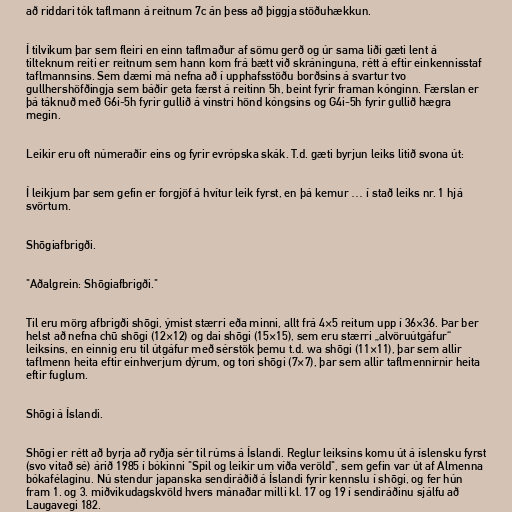
að riddari tók taflmann á reitnum 7c án þess að þiggja stöðuhækkun.

Í tilvikum þar sem fleiri en einn taflmaður af sömu gerð og úr sama liði gæti lent á
tilteknum reiti er reitnum sem hann kom frá bætt við skráninguna, rétt á eftir einkennisstaf
taflmannsins. Sem dæmi má nefna að í upphafsstöðu borðsins á svartur tvo
gullhershöfðingja sem báðir geta færst á reitinn 5h, beint fyrir framan kónginn. Færslan er
þá táknuð með G6i-5h fyrir gullið á vinstri hönd kóngsins og G4i-5h fyrir gullið hægra
megin.

Leikir eru oft númeraðir eins og fyrir evrópska skák. T.d. gæti byrjun leiks litið svona út:

Í leikjum þar sem gefin er forgjöf á hvítur leik fyrst, en þá kemur … í stað leiks nr. 1 hjá
svörtum.

Shōgiafbrigði.

"Aðalgrein: Shōgiafbrigði."

Til eru mörg afbrigði shōgi, ýmist stærri eða minni, allt frá 4×5 reitum upp í 36×36. Þar ber
helst að nefna chū shōgi (12×12) og dai shōgi (15×15), sem eru stærri „alvöruútgáfur“
leiksins, en einnig eru til útgáfur með sérstök þemu t.d. wa shōgi (11×11), þar sem allir
taflmenn heita eftir einhverjum dýrum, og tori shōgi (7×7), þar sem allir taflmennirnir heita
eftir fuglum.

Shōgi á Íslandi.

Shōgi er rétt að byrja að ryðja sér til rúms á Íslandi. Reglur leiksins komu út á íslensku fyrst
(svo vitað sé) árið 1985 í bókinni "Spil og leikir um víða veröld", sem gefin var út af Almenna
bókafélaginu. Nú stendur japanska sendiráðið á Íslandi fyrir kennslu í shōgi, og fer hún
fram 1. og 3. miðvikudagskvöld hvers mánaðar milli kl. 17 og 19 í sendiráðinu sjálfu að
Laugavegi 182.